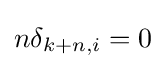
n\delta _{k+n,i}=0